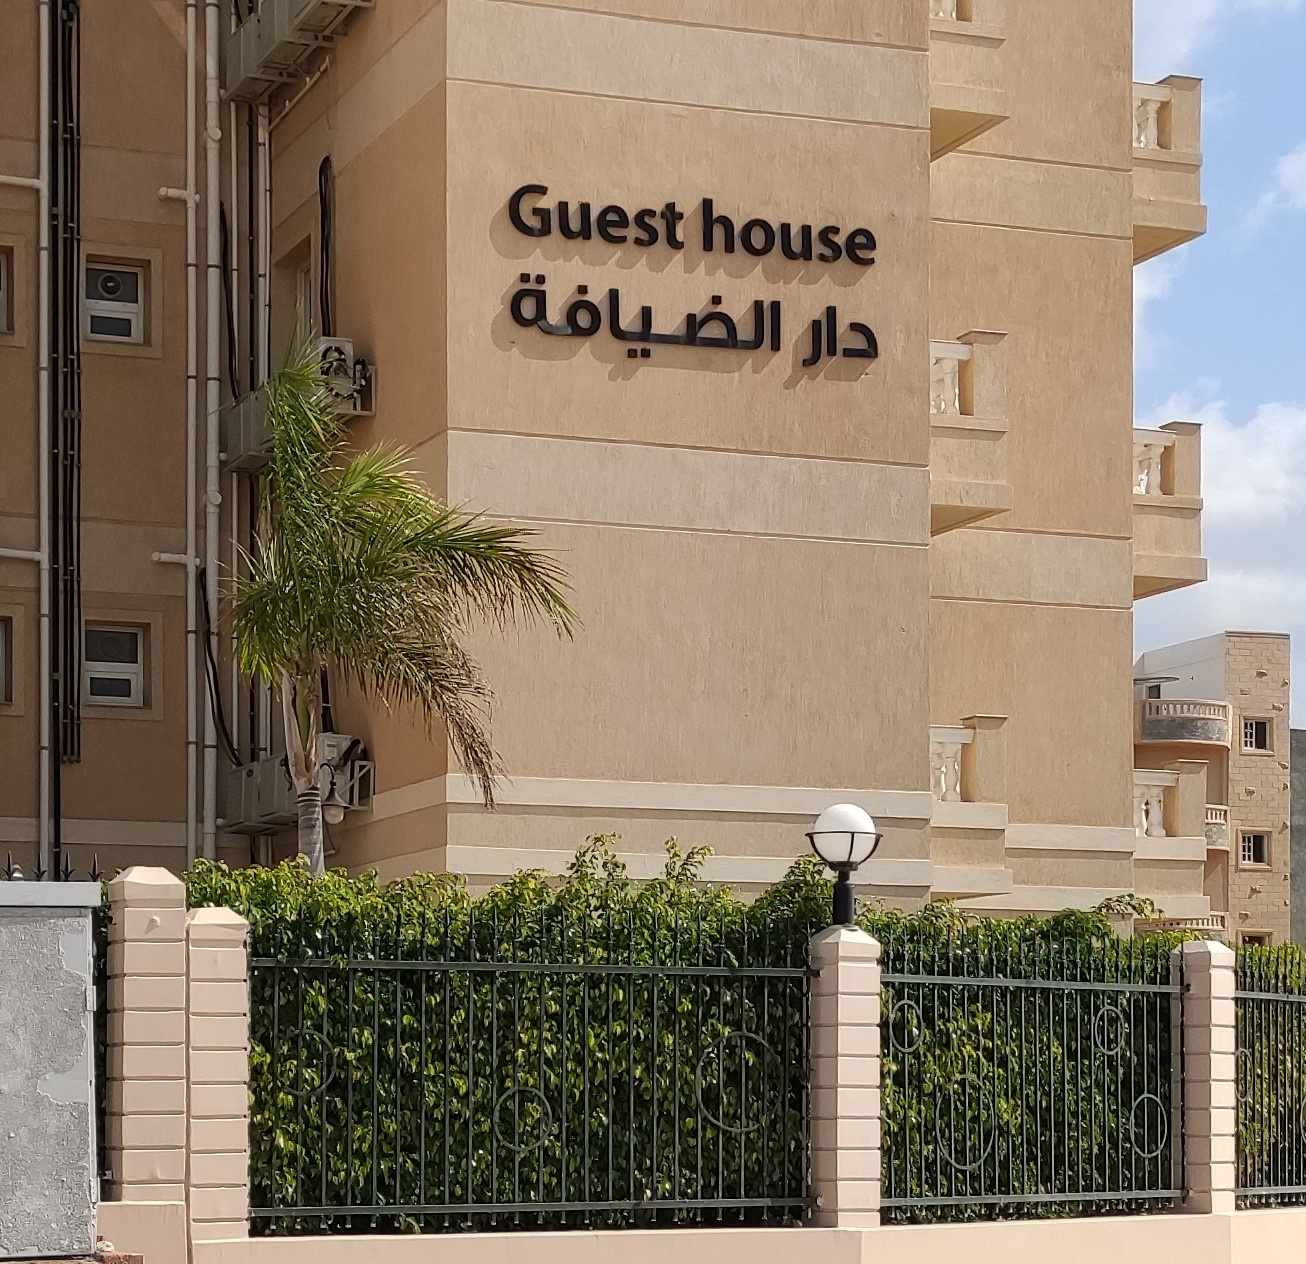
Text in image: الضيافة دار Guest house